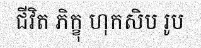
ជីវិត ភិក្ខុ ហុកសិប រូប